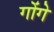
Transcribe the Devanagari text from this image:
गोंगे